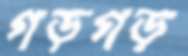
গড়গড়